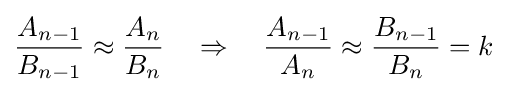
{\frac {A_{n-1}}{B_{n-1}}}\approx {\frac {A_{n}}{B_{n}}}\quad \Rightarrow \quad {\frac {A_{n-1}}{A_{n}}}\approx {\frac {B_{n-1}}{B_{n}}}=k